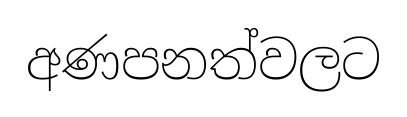
අණපනත්වලට